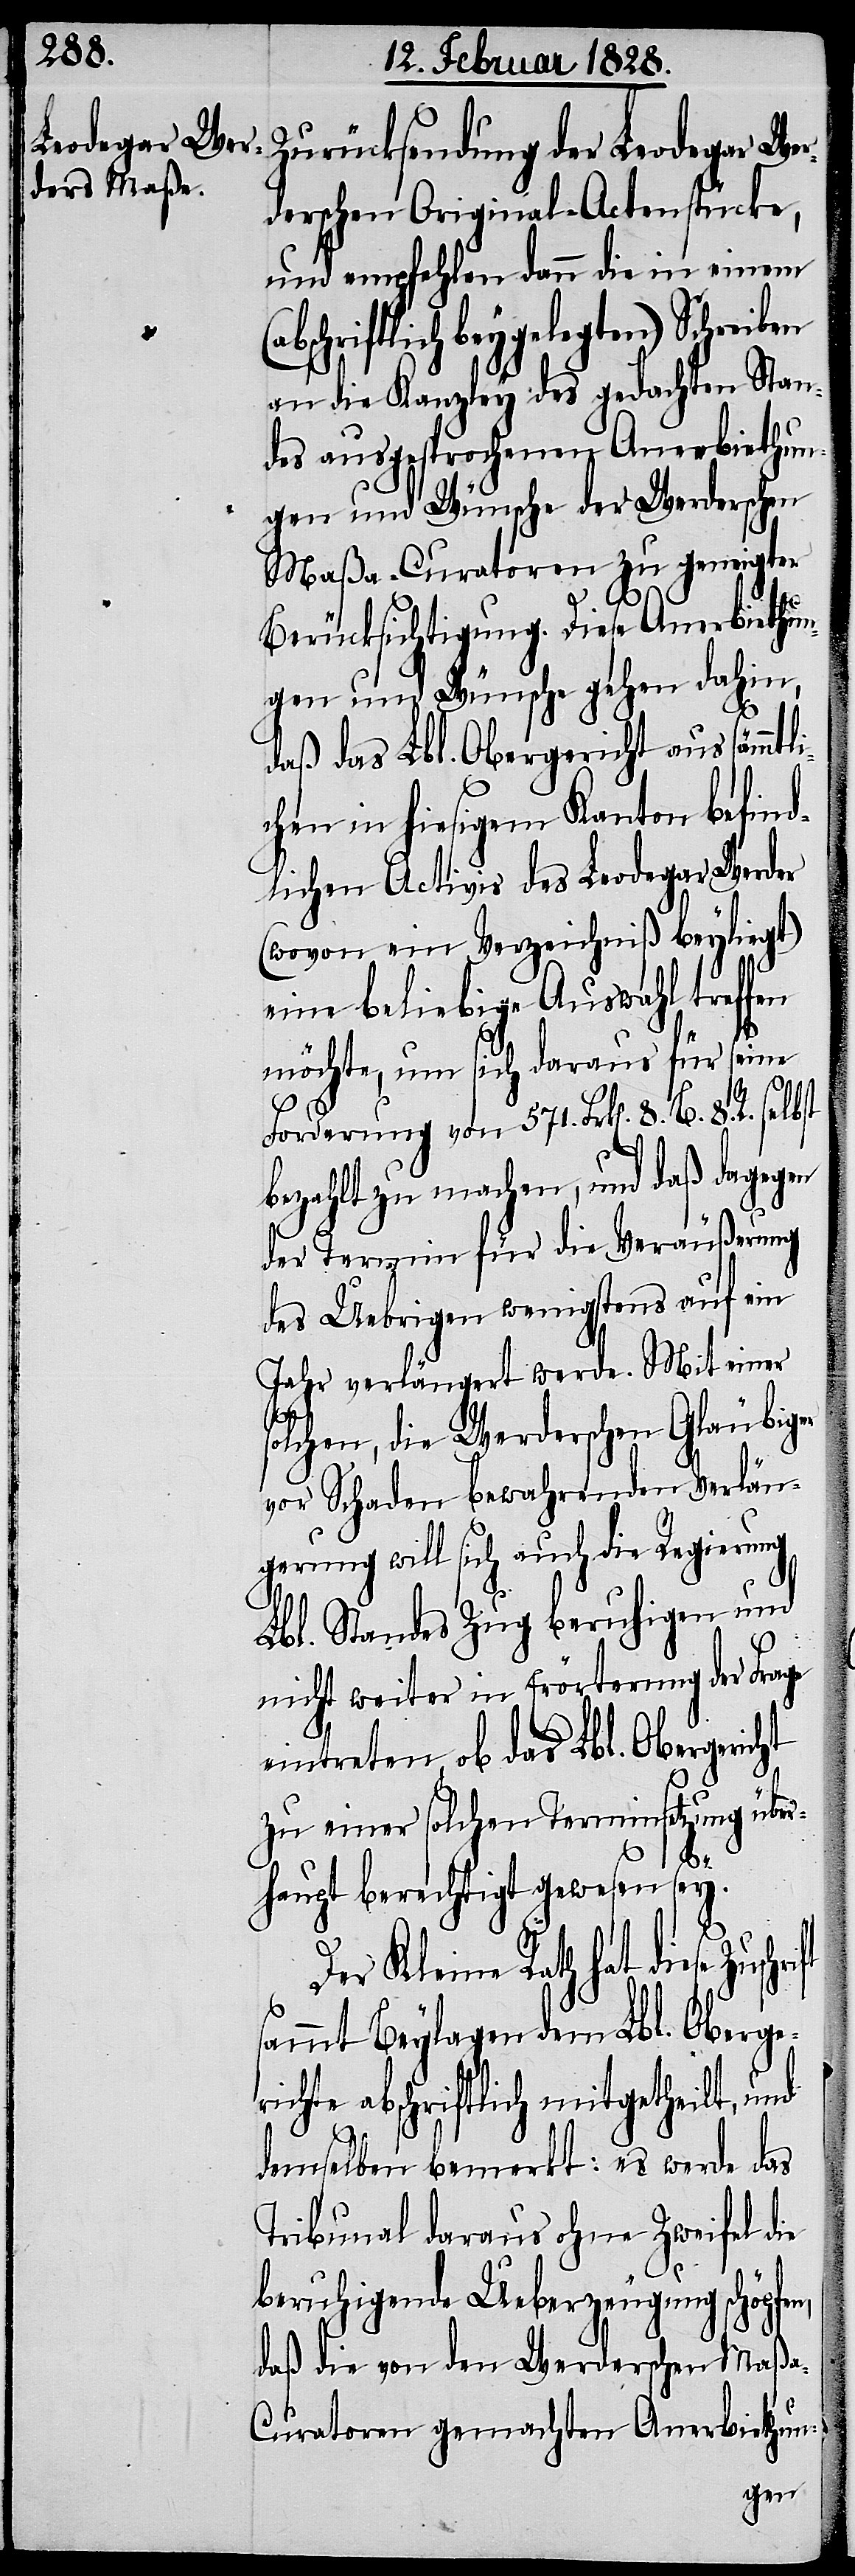
Zurücksendung der Leodegar Wer¬
derschen Original-Actenstücke,
und empfehlen dann die in einem
bschriftlich beygelegten) Schreiben
an die Kanzley des gedachten Stan¬
des ausgesprochenen Anerbiethun¬
gen und Wünsche der Werderschen
Maßa-Curatoren zu geneigter
Berücksichtigung. Diese Anerbiethun¬
gen und Wünsche gehen dahin,
daß das Lbl. Obergericht aus sämmtli¬
chen in hiesigem Kanton befind¬
lichen Activis des Leodegar Werder
(wovon ein Verzeichniß beyliegt)
eine beliebige Auswahl treffen
möchte, um sich daraus für seine
Forderung von 571. Frk[en]. 8. B. 8. R. selbst
bezahlt zu machen, und daß dagegen
der Termin für die Veräußerung
des Uebrigen wenigstens auf ein
Jahr verlängert werde. Mit einer
solchen, die Werderschen Gläubiger
vor Schaden bewahrenden Verlän¬
gerung will sich auch die Regierung
Lbl. Standes Zug beruhigen und
nicht weiter in Erörterung der Frage
eintreten, ob das Lbl. Obergericht
zu einer solchen Terminsetzung über¬
(a¬
haupt berechtigt gewesen sey.
Der Kleine Rath hat diese
sammt Beylagen dem Lbl. Oberger¬
ichte abschriftlich mitgetheilt, und
demselben bemerkt: es werde das
Tribunal daraus ohne Zweifel die
beruhigenden Ueberzeugung schöpfen,
daß die von den Werderschen Maßa-C¬
uratoren gemachten Anerbiethun-